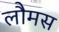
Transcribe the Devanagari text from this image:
लौमस